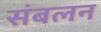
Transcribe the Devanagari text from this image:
संबलन